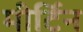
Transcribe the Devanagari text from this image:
मीर्टिन